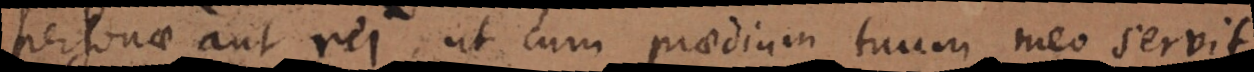
personae aut rei, ut cum praedium tuum meo servit,